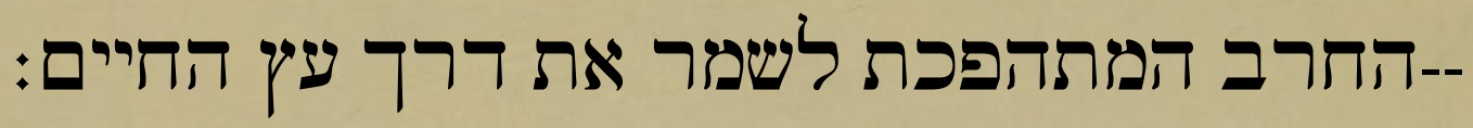
החרב המתהפכת לשמר את דרך עץ החיים׃--